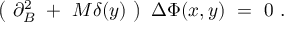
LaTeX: \left( ~ \partial _ { B } ^ { 2 } ~ + ~ M \delta ( y ) ~ \right) ~ { \Delta \Phi } ( x , y ) ~ = ~ 0 ~ .